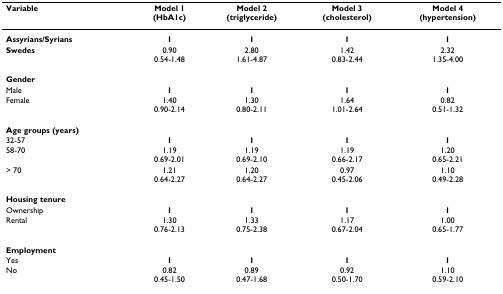
| Variable | Model 1(HbA1c) | Model 2(triglyceride) | Model 3(cholesterol) | Model 4(hypertension) |
 | --- | --- | --- | --- | --- |
 | Assyrians/Syrians | 1 | 1 | 1 | 1 |
 | Swedes | 0.900.54-1.48 | 2.801.61-4.87 | 1.420.83-2.44 | 2.321.35-4.00 |
 | Gender |  |  |  |  |
 | Male | 1 | 1 | 1 | 1 |
 | Female | 1.400.90-2.14 | 1.300.80-2.11 | 1.641.01-2.64 | 0.820.51-1.32 |
 | Age groups (years) |  |  |  |  |
 | 32-57 | 1 | 1 | 1 | 1 |
 | 58-70 | 1.190.69-2.01 | 1.190.69-2.10 | 1.190.66-2.17 | 1.200.65-2.21 |
 | > 70 | 1.210.64-2.27 | 1.200.64-2.27 | 0.970.45-2.06 | 1.100.49-2.28 |
 | Housing tenure |  |  |  |  |
 | Ownership | 1 | 1 | 1 | 1 |
 | Rental | 1.300.76-2.13 | 1.330.75-2.38 | 1.170.67-2.04 | 1.000.65-1.77 |
 | Employment |  |  |  |  |
 | Yes | 1 | 1 | 1 | 1 |
 | No | 0.820.45-1.50 | 0.890.47-1.68 | 0.920.50-1.70 | 1.100.59-2.10 |